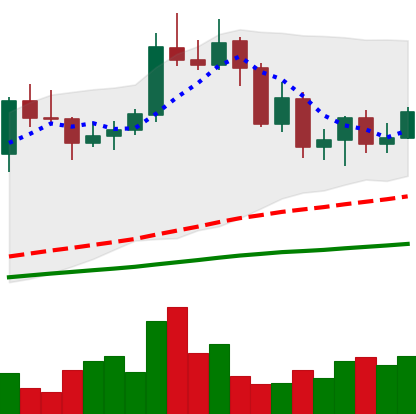
Ticker: NEO-USD
Chart end date: 2020-09-10
Forward return: 9.644%
Label: up_7plus